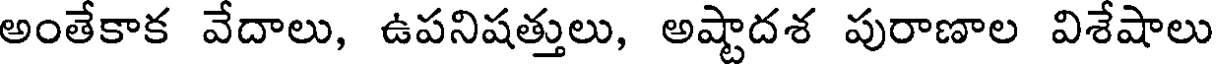
అంతేకాక వేదాలు, ఉపనిషత్తులు, అష్టాదశ పురాణాల విశేషాలు